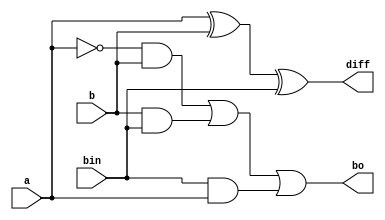
///////////design of the Full_subtractor in data flow level//////////////////////


module full_sub(a,b,bin,diff,bo);
input a,b,bin;
output diff,bo;
assign diff=a^b^bin;
assign bo=~a&b|b&bin|bin&a;
endmodule